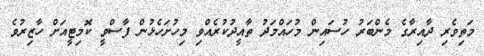
މަތިވެރި ދާއިރާގެ މެންބަރު ހުސައިން މުހައްމަދު ތާއީދުކުރެއްވި މިހުށަހެޅުން ފާސްވީ ކޮމިޓީއަށް ހާޒިރުވެ